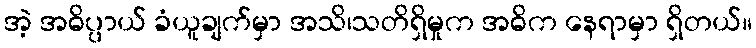
အဲ့ အဓိပ္ပာယ် ခံယူချက်မှာ အသိ၊သတိရှိမှုက အဓိက နေရာမှာ ရှိတယ်။